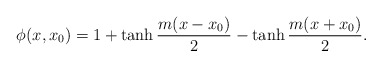
\begin{align*}\phi(x,x_0) = 1 + \tanh \frac{m(x-x_0)}{2} - \tanh \frac{m(x+x_0)}{2}.\end{align*}